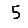
Digit: 5